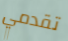
تقدمي